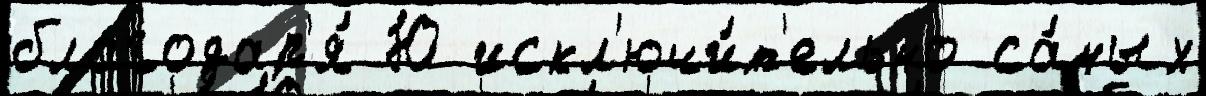
благодар'я́ Ю искл'ючи́т'ельно са́мых